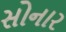
સોનાર